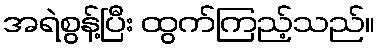
အရဲစွန့်ပြီး ထွက်ကြည့်သည်။